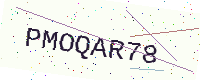
Text: PMOQAR78